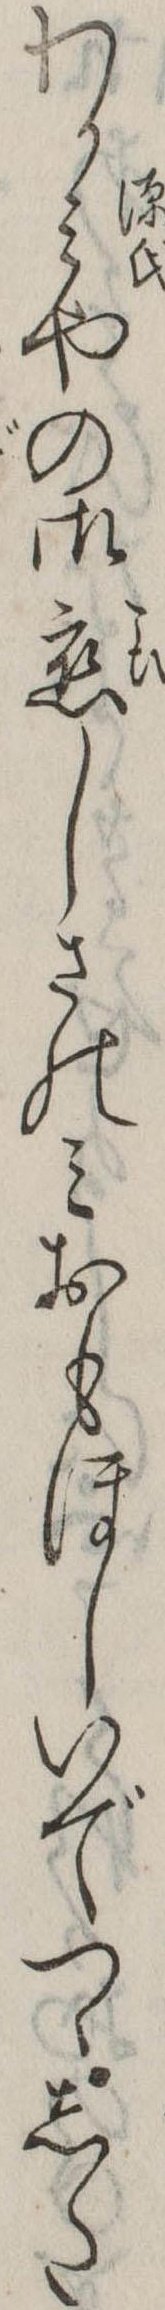
わかみやの御恋しさのみおもほしいでつゝした